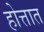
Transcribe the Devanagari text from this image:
होत्तात